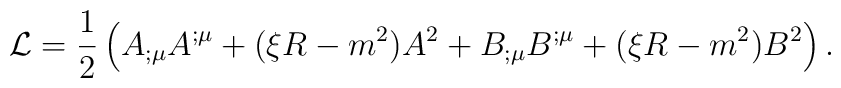
{\cal L}= \frac{1}{2} \left({A}_{;\mu} {A}^{;\mu} + ( \xi R - m^2){A}^2 + {B}_{;\mu} {B}^{;\mu} + ( \xi R - m^2) {B}^2 \right).